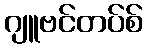
ဂျူဗင်တပ်စ်